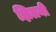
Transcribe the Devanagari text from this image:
झिलनी